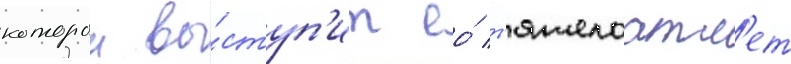
которои вы́ступ'ит ео́ т'яжелоатл'ет